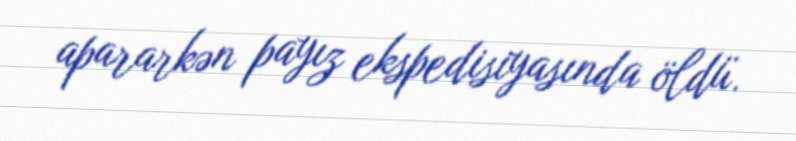
apararkən payız ekspedisiyasında öldü.